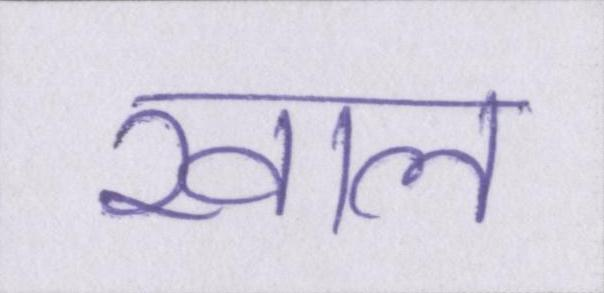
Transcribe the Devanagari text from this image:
खाल